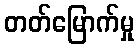
တတ်မြောက်မှု